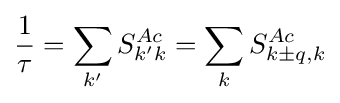
{\frac {1}{\tau }}=\sum _{k'}S_{k'k}^{Ac}=\sum _{k}S_{k\pm q,k}^{Ac}